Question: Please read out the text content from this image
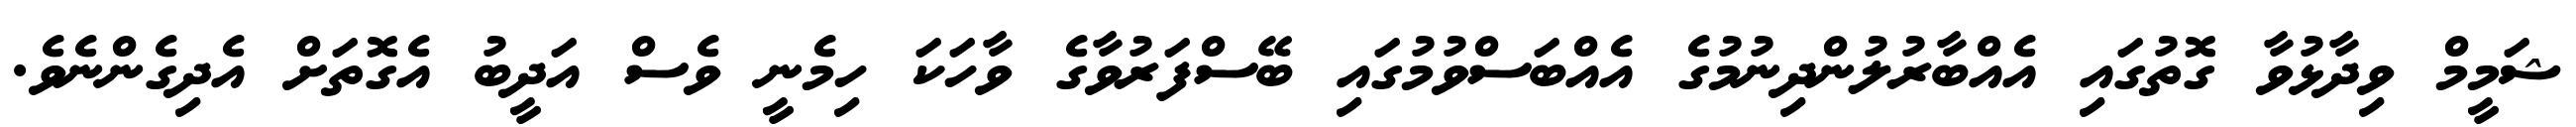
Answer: ޝަމީމް ވިދާޅުވާ ގޮތުގައި އެއްބާރުލުންދިނުމުގެ އެއްބަސްވުމުގައި ބޭސްފަރުވާގެ ވާހަކަ ހިމެނީ ވެސް އަދީބު އެގޮތަށް އެދިގެންނެވެ.